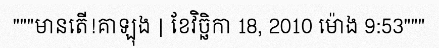
"""មានតើ!គាឡុង | ខែវិច្ឆិកា 18, 2010 ម៉ោង 9:53"""